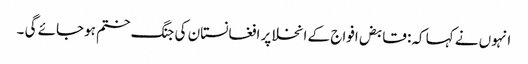
انہوں نے کہا کہ: قابض افواج کے انخلا پر افغانستان کی جنگ ختم ہوجائے گی ۔